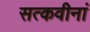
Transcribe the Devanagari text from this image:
सत्कवीनां